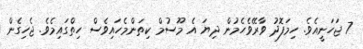
7 ޖަހަނީއެވެ. ހިމަފޮދު ވާރޭވެހެމުން ދިޔަ އެ މޫސުމް ކިތަންމެހައިވެސް ހިތްގައިމެވެ. ޖެހިގެން